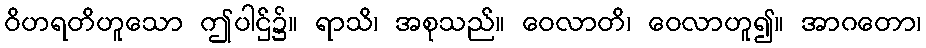
ဝိဟရတိဟူသော ဤပါဌ်၌။ ရာသိ၊ အစုသည်။ ဝေလာတိ၊ ဝေလာဟူ၍။ အာဂတော၊